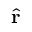
\hat { \mathbf { r } }